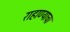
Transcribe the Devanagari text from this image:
राहाण्याचा